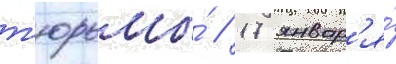
т'юрьмы́ // 17 январ'я́